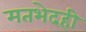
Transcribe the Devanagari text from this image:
मतभेदही